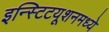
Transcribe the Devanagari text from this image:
इन्स्टिटयूशनमध्ये